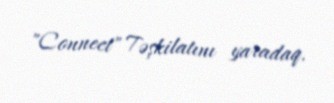
"Connect" Təşkilatını yaradaq.